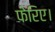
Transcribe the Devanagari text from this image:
फेरिए।